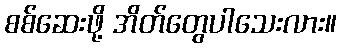
စစ်ဆေးဖို့ အိတ်တွေပါသေးလား။